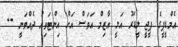
އެމްޑީޕީގެ ޕީޖީ ލީޑަރު އަލީ އާޒިމް އަވަސް އަށް އިންޓަވިއު ދެއްވަނީ --